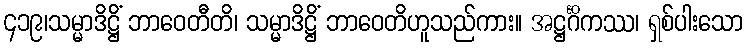
၄၁၉၊သမ္မာဒိဋ္ဌိံ ဘာဝေတီတိ၊ သမ္မာဒိဋ္ဌိံ ဘာဝေတိဟူသည်ကား။ အဋ္ဌင်္ဂိကဿ၊ ရှစ်ပါးသော